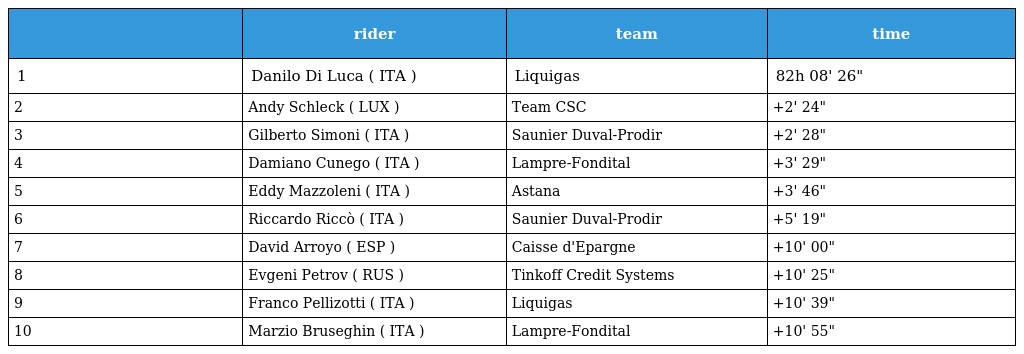
|  | rider | team | time |
 | --- | --- | --- | --- |
 | 1 | Danilo Di Luca ( ITA ) | Liquigas | 82h 08' 26" |
 | 2 | Andy Schleck ( LUX ) | Team CSC | +2' 24" |
 | 3 | Gilberto Simoni ( ITA ) | Saunier Duval-Prodir | +2' 28" |
 | 4 | Damiano Cunego ( ITA ) | Lampre-Fondital | +3' 29" |
 | 5 | Eddy Mazzoleni ( ITA ) | Astana | +3' 46" |
 | 6 | Riccardo Riccò ( ITA ) | Saunier Duval-Prodir | +5' 19" |
 | 7 | David Arroyo ( ESP ) | Caisse d'Epargne | +10' 00" |
 | 8 | Evgeni Petrov ( RUS ) | Tinkoff Credit Systems | +10' 25" |
 | 9 | Franco Pellizotti ( ITA ) | Liquigas | +10' 39" |
 | 10 | Marzio Bruseghin ( ITA ) | Lampre-Fondital | +10' 55" |